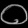
Digit: ၀